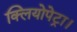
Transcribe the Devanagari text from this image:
क्लियोपेट्रा।